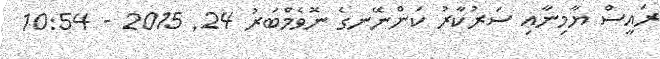
ރައީސް ޔާމިނާއި ސަރުކާރު ކަންނޭނގެ ނޮވެމްބަރު 24